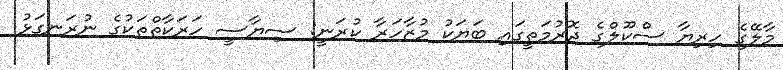
މާލޭގެ ހިރިޔާ ސްކޫލްގެ ދޮރުމަތީގައި ބަޔަކު މުޒާހަރާ ކުރަނީ: ސިޔާސީ ހަރަކާތްތަކުގެ ނުރަނގަޅު